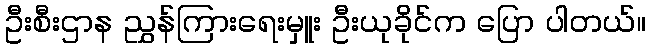
ဦးစီးဌာန ညွှန်ကြားရေးမှူး ဦးယုခိုင်က ပြော ပါတယ်။